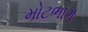
મોટભાગ